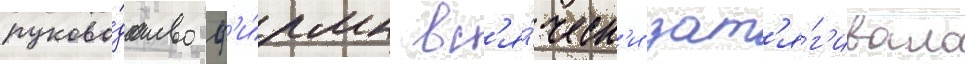
руково́дство ф'и́рмы вс'я́ческ'и зат'я́г'ивало